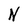
Character: N